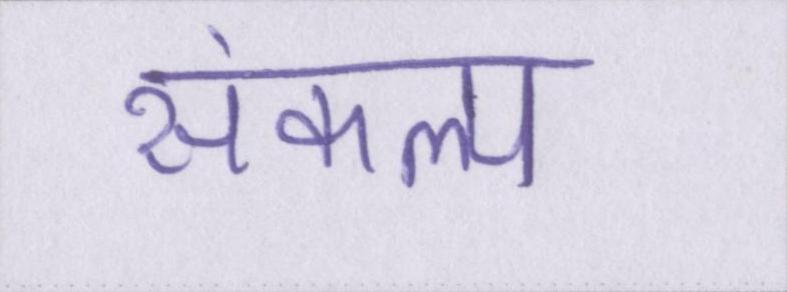
संकल्प